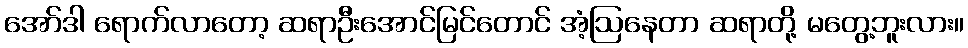
အော်ဒါ ရောက်လာတော့ ဆရာဦးအောင်မြင်တောင် အံ့ဩနေတာ ဆရာတို့ မတွေ့ဘူးလား။